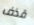
قذف